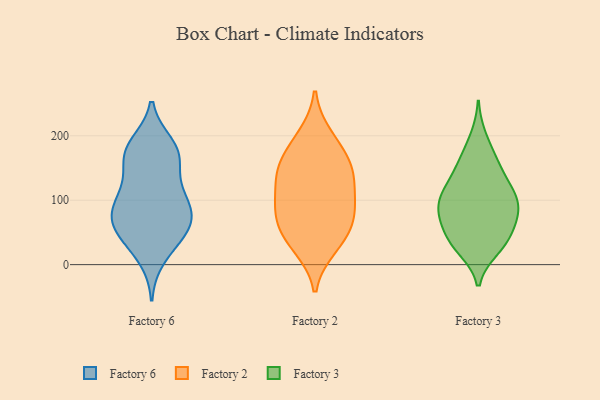
{"axis": {"x": "Backlog", "y": "Value"}, "legend": ["Factory 2", "Factory 3", "Factory 6"], "data": [{"x": "", "y": 107, "type": "Factory 6"}, {"x": "", "y": 45, "type": "Factory 6"}, {"x": "", "y": 45, "type": "Factory 6"}, {"x": "", "y": 81, "type": "Factory 6"}, {"x": "", "y": 174, "type": "Factory 6"}, {"x": "", "y": 168, "type": "Factory 6"}, {"x": "", "y": 186, "type": "Factory 6"}, {"x": "", "y": 76, "type": "Factory 6"}, {"x": "", "y": 89, "type": "Factory 6"}, {"x": "", "y": 130, "type": "Factory 6"}, {"x": "", "y": 173, "type": "Factory 6"}, {"x": "", "y": 73, "type": "Factory 6"}, {"x": "", "y": 45, "type": "Factory 6"}, {"x": "", "y": 11, "type": "Factory 6"}, {"x": "", "y": 111, "type": "Factory 6"}, {"x": "", "y": 174, "type": "Factory 6"}, {"x": "", "y": 68, "type": "Factory 6"}, {"x": "", "y": 135, "type": "Factory 2"}, {"x": "", "y": 99, "type": "Factory 2"}, {"x": "", "y": 28, "type": "Factory 2"}, {"x": "", "y": 39, "type": "Factory 2"}, {"x": "", "y": 199, "type": "Factory 2"}, {"x": "", "y": 86, "type": "Factory 2"}, {"x": "", "y": 48, "type": "Factory 2"}, {"x": "", "y": 154, "type": "Factory 2"}, {"x": "", "y": 143, "type": "Factory 2"}, {"x": "", "y": 183, "type": "Factory 2"}, {"x": "", "y": 143, "type": "Factory 2"}, {"x": "", "y": 86, "type": "Factory 2"}, {"x": "", "y": 74, "type": "Factory 2"}, {"x": "", "y": 90, "type": "Factory 3"}, {"x": "", "y": 71, "type": "Factory 3"}, {"x": "", "y": 162, "type": "Factory 3"}, {"x": "", "y": 151, "type": "Factory 3"}, {"x": "", "y": 35, "type": "Factory 3"}, {"x": "", "y": 121, "type": "Factory 3"}, {"x": "", "y": 35, "type": "Factory 3"}, {"x": "", "y": 96, "type": "Factory 3"}, {"x": "", "y": 47, "type": "Factory 3"}, {"x": "", "y": 162, "type": "Factory 3"}, {"x": "", "y": 119, "type": "Factory 3"}, {"x": "", "y": 64, "type": "Factory 3"}, {"x": "", "y": 98, "type": "Factory 3"}, {"x": "", "y": 27, "type": "Factory 3"}, {"x": "", "y": 74, "type": "Factory 3"}, {"x": "", "y": 121, "type": "Factory 3"}, {"x": "", "y": 104, "type": "Factory 3"}, {"x": "", "y": 198, "type": "Factory 3"}, {"x": "", "y": 79, "type": "Factory 3"}, {"x": "", "y": 24, "type": "Factory 3"}]}